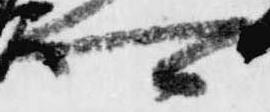
可